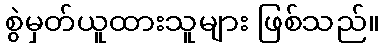
စွဲမှတ်ယူထားသူများ ဖြစ်သည်။